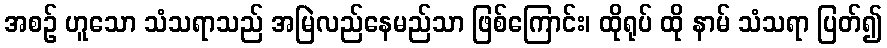
အစဉ် ဟူသော သံသရာသည် အမြဲလည်နေမည်သာ ဖြစ်ကြောင်း၊ ထိုရုပ် ထို နာမ် သံသရာ ပြတ်၍